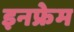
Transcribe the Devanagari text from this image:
इनफ्रेम